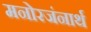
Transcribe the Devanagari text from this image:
मनोरजंनार्थ